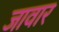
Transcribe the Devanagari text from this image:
जावार